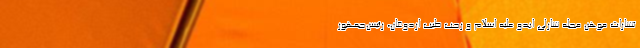
تشارات موهن مجله شارلی ابدو علیه اسلام و رجب طیب اردوغان، رئیس‌جمهور